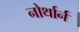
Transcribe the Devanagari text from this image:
नोर्थार्न